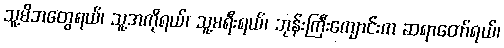
သူ့မိဘတွေရယ်၊ သူ့အကိုရယ်၊ သူ့မရီးရယ်၊ ဘုန်းကြီးကျောင်းက ဆရာတော်ရယ်၊